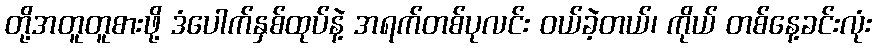
တို့အတူတူစားဖို့ ဒံပေါက်နှစ်ထုပ်နဲ့ အရက်တစ်ပုလင်း ဝယ်ခဲ့တယ်၊ ကိုယ် တစ်နေ့ခင်းလုံး